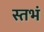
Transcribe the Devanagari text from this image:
स्तभं